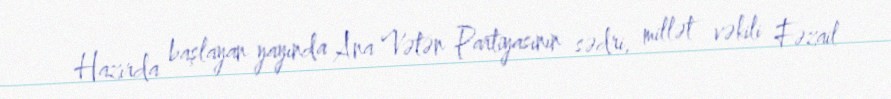
Hazırda başlayan yayında Ana Vətən Partiyasının sədri, millət vəkili Fəzail